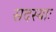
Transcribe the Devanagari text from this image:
सदस्याः